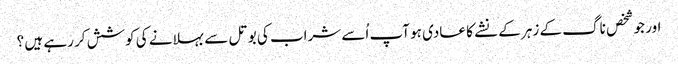
اور جو شخص ناگ کے زہر کے نشے کا عادی ہو آپ اُسے شراب کی بوتل سے بہلانے کی کوشش کر رہے ہیں ؟